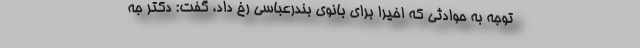
توجه به حوادثی که اخیرا برای بانوی بندرعباسی رخ داد، گفت: دکتر جه